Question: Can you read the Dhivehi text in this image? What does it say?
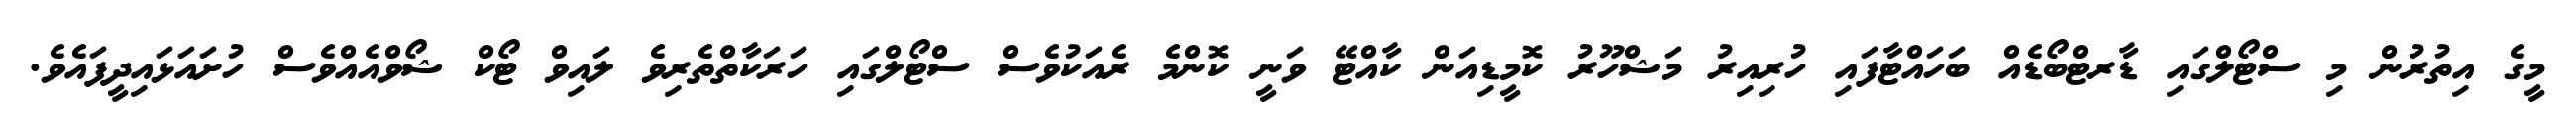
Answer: މީގެ އިތުރުން މި ސްޓޯލްގައި ޑާރޓްބޯޑެއް ބަހައްޓާފައި ހުރިއިރު މަޝްހޫރު ކޮމީޑިއަން ކާއްޓޭ ވަނީ ކޮންމެ ރެއަކުވެސް ސްޓޯލްގައި ހަރަކާތްތެރިވެ ލައިވް ޓޯކް ޝޯވްއެއްވެސް ހުށައަޅައިދީފައެވެ.